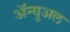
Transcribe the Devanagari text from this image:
ॲन्युअल